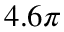
4 . 6 \pi